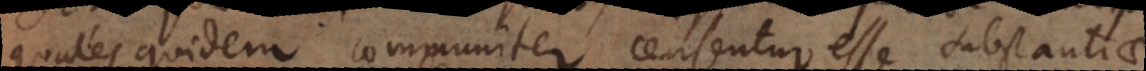
quales quidem communiter censentur esse substantiae,